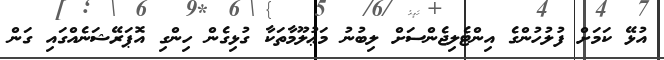
އުޅޭ ކަމަށް ފުލުހުންގެ އިންޓެލިޖެންސަށް ލިބުނު މަޢުލޫމާތަކާ ގުޅިގެން ހިންގި އޮޕަރޭޝަނެއްގައި ގަން